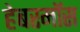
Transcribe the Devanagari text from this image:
हेबरमॉस